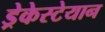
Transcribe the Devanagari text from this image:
ड्रेकेस्टेयान